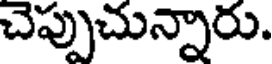
చెప్పుచున్నారు.